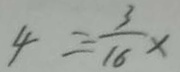
4 = - \frac { 3 } { 1 6 } x